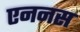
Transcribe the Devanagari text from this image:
एननस